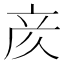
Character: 𫝸